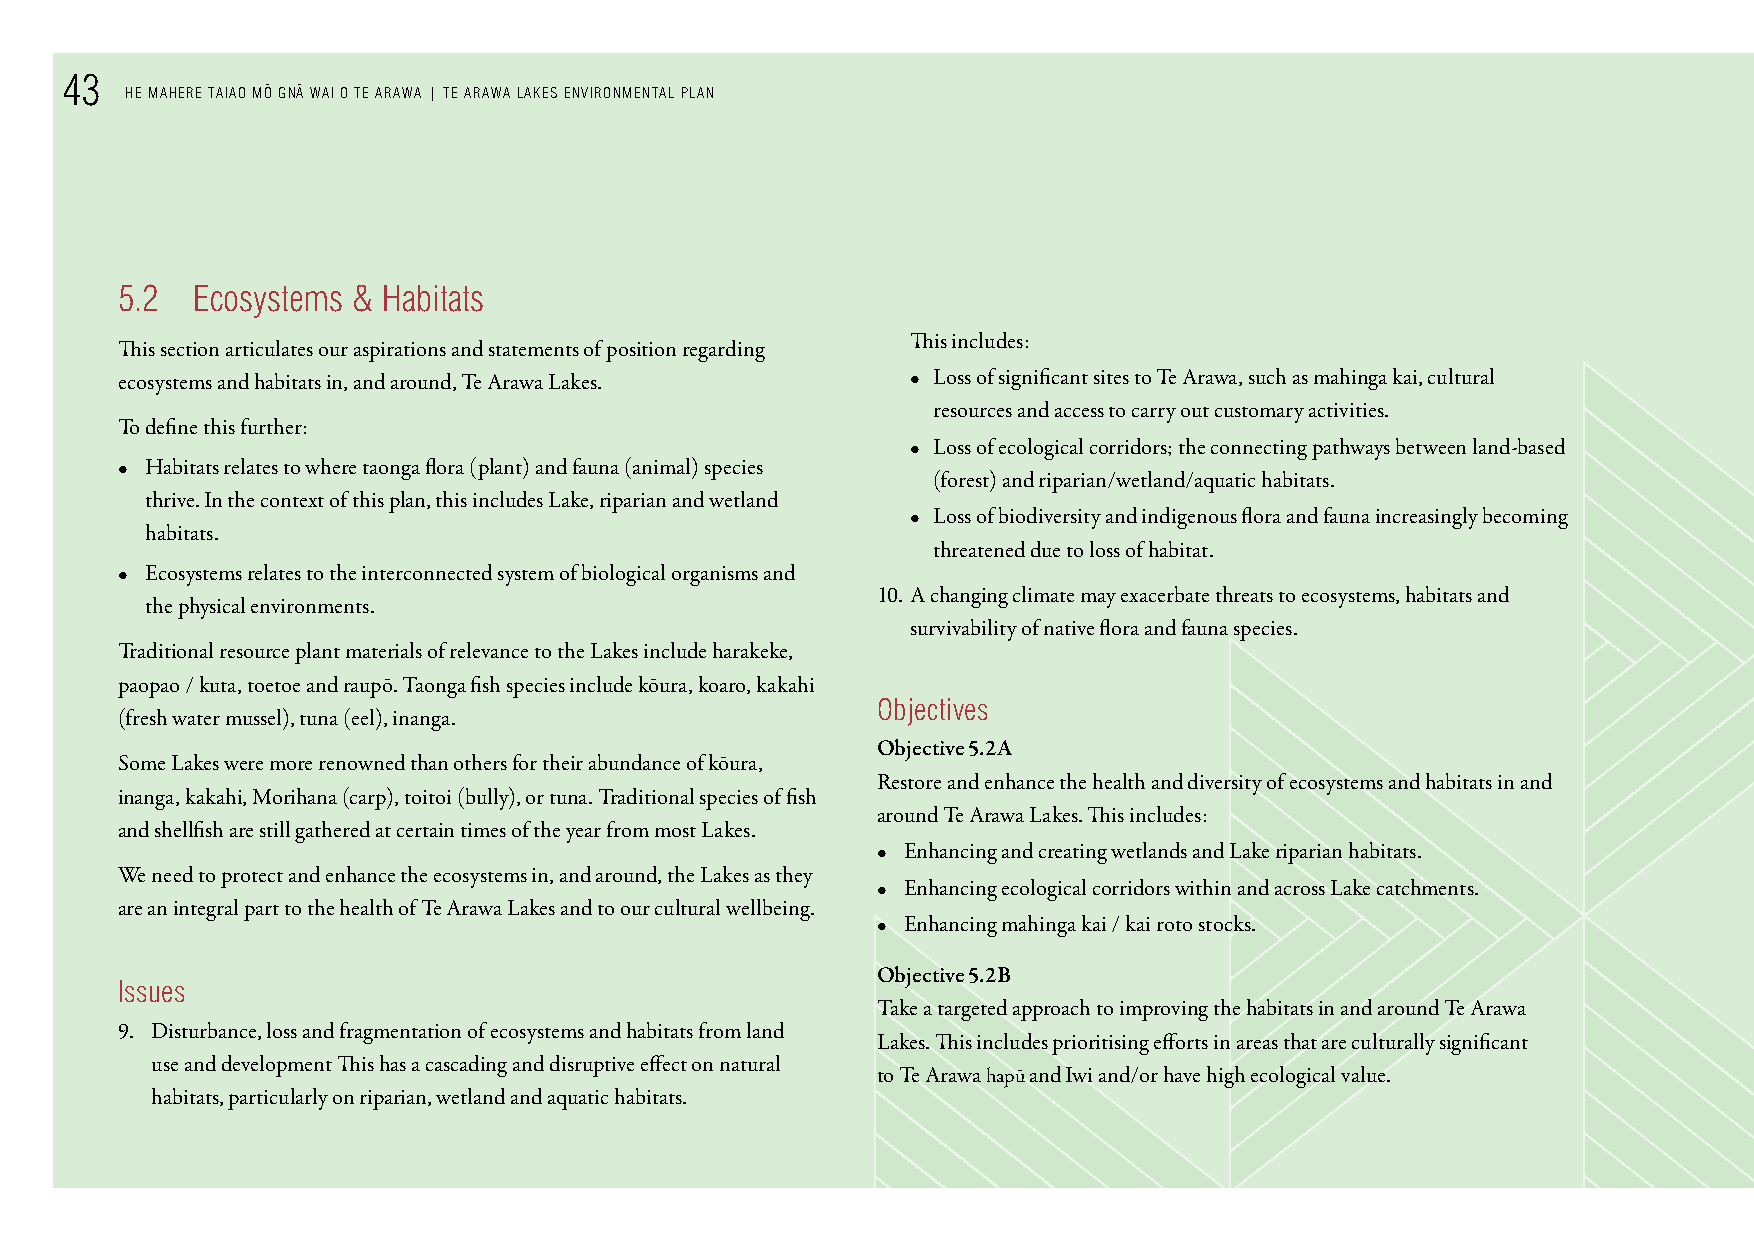
43
 He MAHere TAIAo M o¯ Gn¯A WAI o Te ArAWA | Te ArAWA LAkes enVIronMenTAL PLAn
 5.2  ecosystems & Habitats
 This includes:
 This section articulates our aspirations and statements of position regarding
 ecosystems and habitats in, and around, Te Arawa Lakes. • Loss of significant sites to Te Arawa, such as mahinga kai, cultural
 resources and access to carry out customary activities.
 To define this further:
 • Loss of ecological corridors; the connecting pathways between land-based
 • Habitats relates to where taonga flora (plant) and fauna (animal) species
 (forest) and riparian/wetland/aquatic habitats.
 thrive. In the context of this plan, this includes Lake, riparian and wetland
 • Loss of biodiversity and indigenous flora and fauna increasingly becoming
 habitats.
 threatened due to loss of habitat.
 • Ecosystems relates to the interconnected system of biological organisms and
 10. A changing climate may exacerbate threats to ecosystems, habitats and
 the physical environments.
 survivability of native flora and fauna species.
 Traditional resource plant materials of relevance to the Lakes include harakeke,
 paopao / kuta, toetoe and raupō. Taonga fish species include kōura, koaro, kakahi
 objectives
 (fresh water mussel), tuna (eel), inanga.
 Objective 5.2A
 Some Lakes were more renowned than others for their abundance of kōura,
 Restore and enhance the health and diversity of ecosystems and habitats in and
 inanga, kakahi, Morihana (carp), toitoi (bully), or tuna. Traditional species of fish
 around Te Arawa Lakes. This includes:
 and shellfish are still gathered at certain times of the year from most Lakes.
 • Enhancing and creating wetlands and Lake riparian habitats.
 We need to protect and enhance the ecosystems in, and around, the Lakes as they
 • Enhancing ecological corridors within and across Lake catchments.
 are an integral part to the health of Te Arawa Lakes and to our cultural wellbeing.
 • Enhancing mahinga kai / kai roto stocks.
 Objective 5.2B
 Issues
 Take a targeted approach to improving the habitats in and around Te Arawa
 9. Disturbance, loss and fragmentation of ecosystems and habitats from land
 Lakes. This includes prioritising efforts in areas that are culturally significant
 use and development This has a cascading and disruptive effect on natural
 to Te Arawa hapū and Iwi and/or have high ecological value.
 habitats, particularly on riparian, wetland and aquatic habitats.